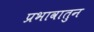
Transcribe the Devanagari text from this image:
प्रभावातुन